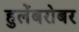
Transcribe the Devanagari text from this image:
हुलेंबरोबर